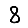
Digit: 8